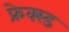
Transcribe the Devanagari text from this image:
फ्रेक्स्ड